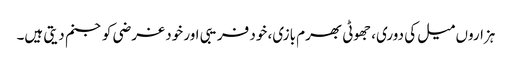
ہزاروں میل کی دوری، جھوٹی بھرم بازی، خود فریبی اور خود غرضی کو جنم دیتی ہیں۔